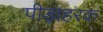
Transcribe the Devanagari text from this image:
पीड़ाहरक